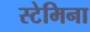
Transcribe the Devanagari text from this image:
स्टेमिना